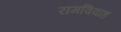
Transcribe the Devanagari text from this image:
रामविवाह